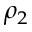
\rho _ { 2 }